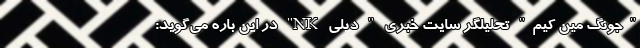
"جونگ ‌مین کیم" تحلیلگر سایت خبری " دیلی NK" در این باره می‌گوید: